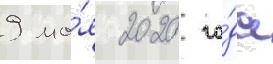
9 ма́я 2020 го́да